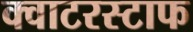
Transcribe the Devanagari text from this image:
क्वाटरस्टाफ